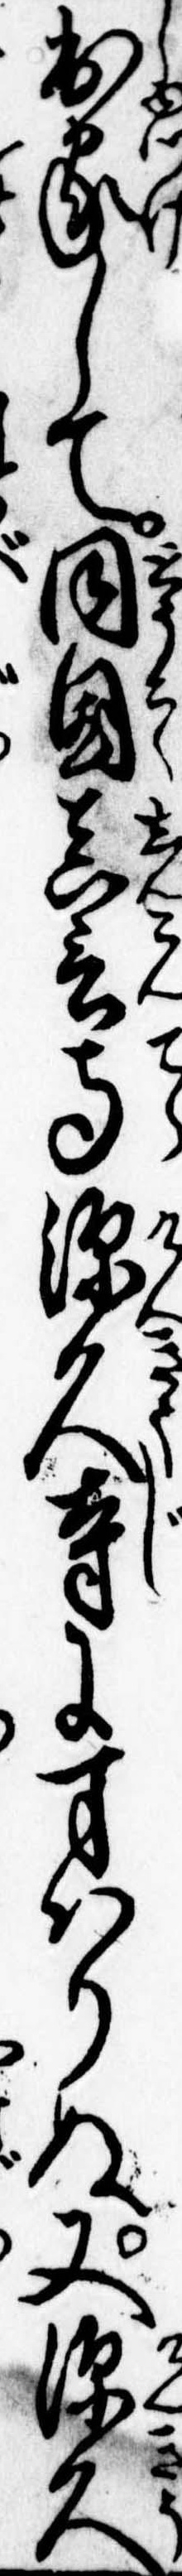
出家して同国真言寺源久寺にすはりぬ又源久